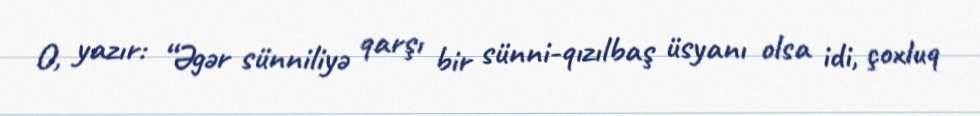
O, yazır: “Əgər sünniliyə qarşı bir sünni-qızılbaş üsyanı olsa idi, çoxluq